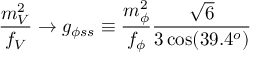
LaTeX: \frac { m _ { V } ^ { 2 } } { f _ { V } } \to g _ { \phi s s } \equiv \frac { m _ { \phi } ^ { 2 } } { f _ { \phi } } \frac { \sqrt { 6 } } { 3 \cos ( 3 9 . 4 ^ { o } ) }